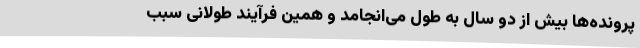
پرونده‌ها بیش از دو سال به طول می‌انجامد و همین فرآیند طولانی سبب